Vital statistics of India. Vol. IV, Annual returns from 1871 to 1876. British Army of India, Native Army and jails of Bengal
Year: 1871
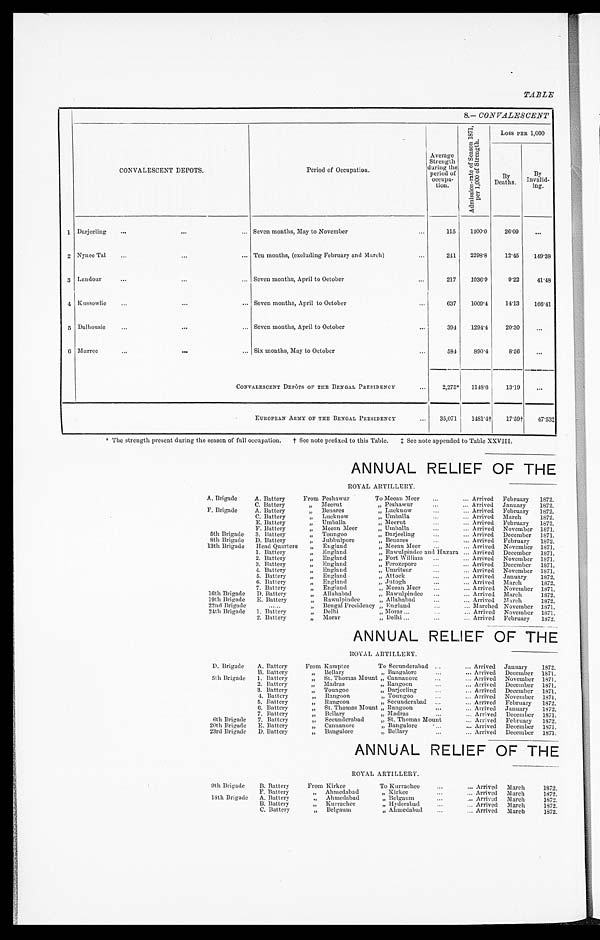
TABLE
8.- CONVALESCENT
CONVALESCENT DEPOTS.
Period of Occupation,
Average
Strength
during the
period of o c c u p a -
tion.
A d m i s s i o n - r a t e o f S e n s o n 1 8 7 1 , p e r 1 , 0 0 0 o f S t r e n g t h .
Loss PER 1,000
B Y D e a t h s .
By I n v a l i d - i n g .
1 Darjeeling
Seven months, May to November
115
1400.0
26.09
. . .
2 Nynee Tal
Ten months, (excluding February and March)
241 2298.8
12.45 149.38
3 Landour
Seven months, April to October
217
1036.9
9.22
41.48
4 Kussowlie
Seven months, April to October
637
1009.4
14.13
166.41
5 Dalhousie
Seven months, April to October
3 9 4 1294.4
20.30
. . .
6 Murree
Six months, May to October
584
890.4
8.56
...
CONVALESCENT DEPÔTS OF THE BENGAL PRESIDENCY
2,275* 1148.6
13.19
...
EUROPEAN ARMY OF THE BENGAL PRESIDENCY
35,071
1481.4†
17.59†
47.53‡
* The strength present during the season of full occupation. † See note prefixed to this Table. ‡ See note appended to Table XXVIII.
ANNUAL RELIEF OF THE
ROYAL ARTILLERY.
A. Brigade
A. Battery
From Peshawar
To Mecan Meer
Arrived February 1872.
C. Battery
" Meerut
" Peshawar
Arrived
January 1872.
F. Brigade
A. Battery
" Benares
" Lucknow
ArrivedFebruary 1872.
C. Battery
" Lucknow
" U m b a l l a
Arrived March
1872.
E. Battery
" Umballa
" M e e r u t
Arrived February 1872.
F. Battery
" Meean Meer
" Umballa
Arrived November 1871.
5th Brigade 3. Battery
" Toungoo
" Darjeeling
Arrived December 1871.
8th Brigade D. Battery
" Jubbulpore
" B e n a r e s
Arrived February 1872.
13th Brigade Head Quarters
" England
" Meean Meer
Arrived November 1871.
1. Battery
" England
" Rawulpindee and Huzara Arrived December 1871.
2. Battery
" England
" Fort William
Arrived November 1871.
3. Battery
" England
" Ferozepore
Arrived December 1871.
4. Battery
" England
" Umritsur
Arrived November 1871.
5. Battery
" England
" Attock
Arrived January 1872.
6. Battery
" England
" Jutogh
Arrived March
1872.
7. Battery
" England
" Meean Meer
Arrived November 1871.
16th Brigade D. Battery
" Allahabad
" Rawulpindee
Arrived March
1872.
19th Brigade E. Battery
" Rawulpindee
" Allahabad
Arrived March
1872.
22nd Brigade
. . . . . .
" Bengal Presidency " England
Marched November 1871.
24th Brigade 1. Battery
" Delhi
" Morar Arrived November 1871.
2. Battery
" Morar
" Delhi
Arrived February 1872.
ANNUAL RELIEF OF THE
ROYAL ARTILLERY.
D. Brigade A. Battery
From Kampt ee
To Secunderabad
Arrived January
1872.
B. Battery
" Bellary
" Bangalore
Arrived December 1871.
5th Brigade 1. Battery
" St. Thomas Mount
" C a n n a n o r e
Arrived November 1871.
2. Battery
" Madras
" Rangoon
Arrived December 1871.
3. Battery
" Toungoo
" Darjeeling
Arrived December 1871.
4. Battery
" Rangoon
" Toungoo
Arrived November 1871.
5. Battery
" Rangoon
" Secunderabad
Arrived February 1872.
6. Battery
" St. Thomas Mount " Rangoon
Arrived January 1872.
7. Battery
" Bellary
" Madras
Arrived December 1871.
6th Brigade 7. Battery
" Secunderabad
" St. Thomas Mount
Arrived February 1872.
20th Brigade E. Battery
" Cannanore
" Bangalore
Arrived December 1871.
23rd Brigade D. Battery
" Bangalore
" Bellary
Arrived December 1871.
ANNUAL RELIEF OF THE
ROYAL ARTILLERY.
9th Brigade
B. Battery
F r o m Ki r k e e
To Kurrachee
Arrived March
1972.
F. Battery
" Ahmedabad
" K i r k e e
Arrived March
1872.
18th Brigade A. Battery
" Ahmedabad
" B e l g a u m
Arrived March
1872.
B. Battery
" Kurrachee
" Hyderabad
Arrived March
1872.
C. Battery
" Belgaum
" Ahmedabad
Arrived March
1872.